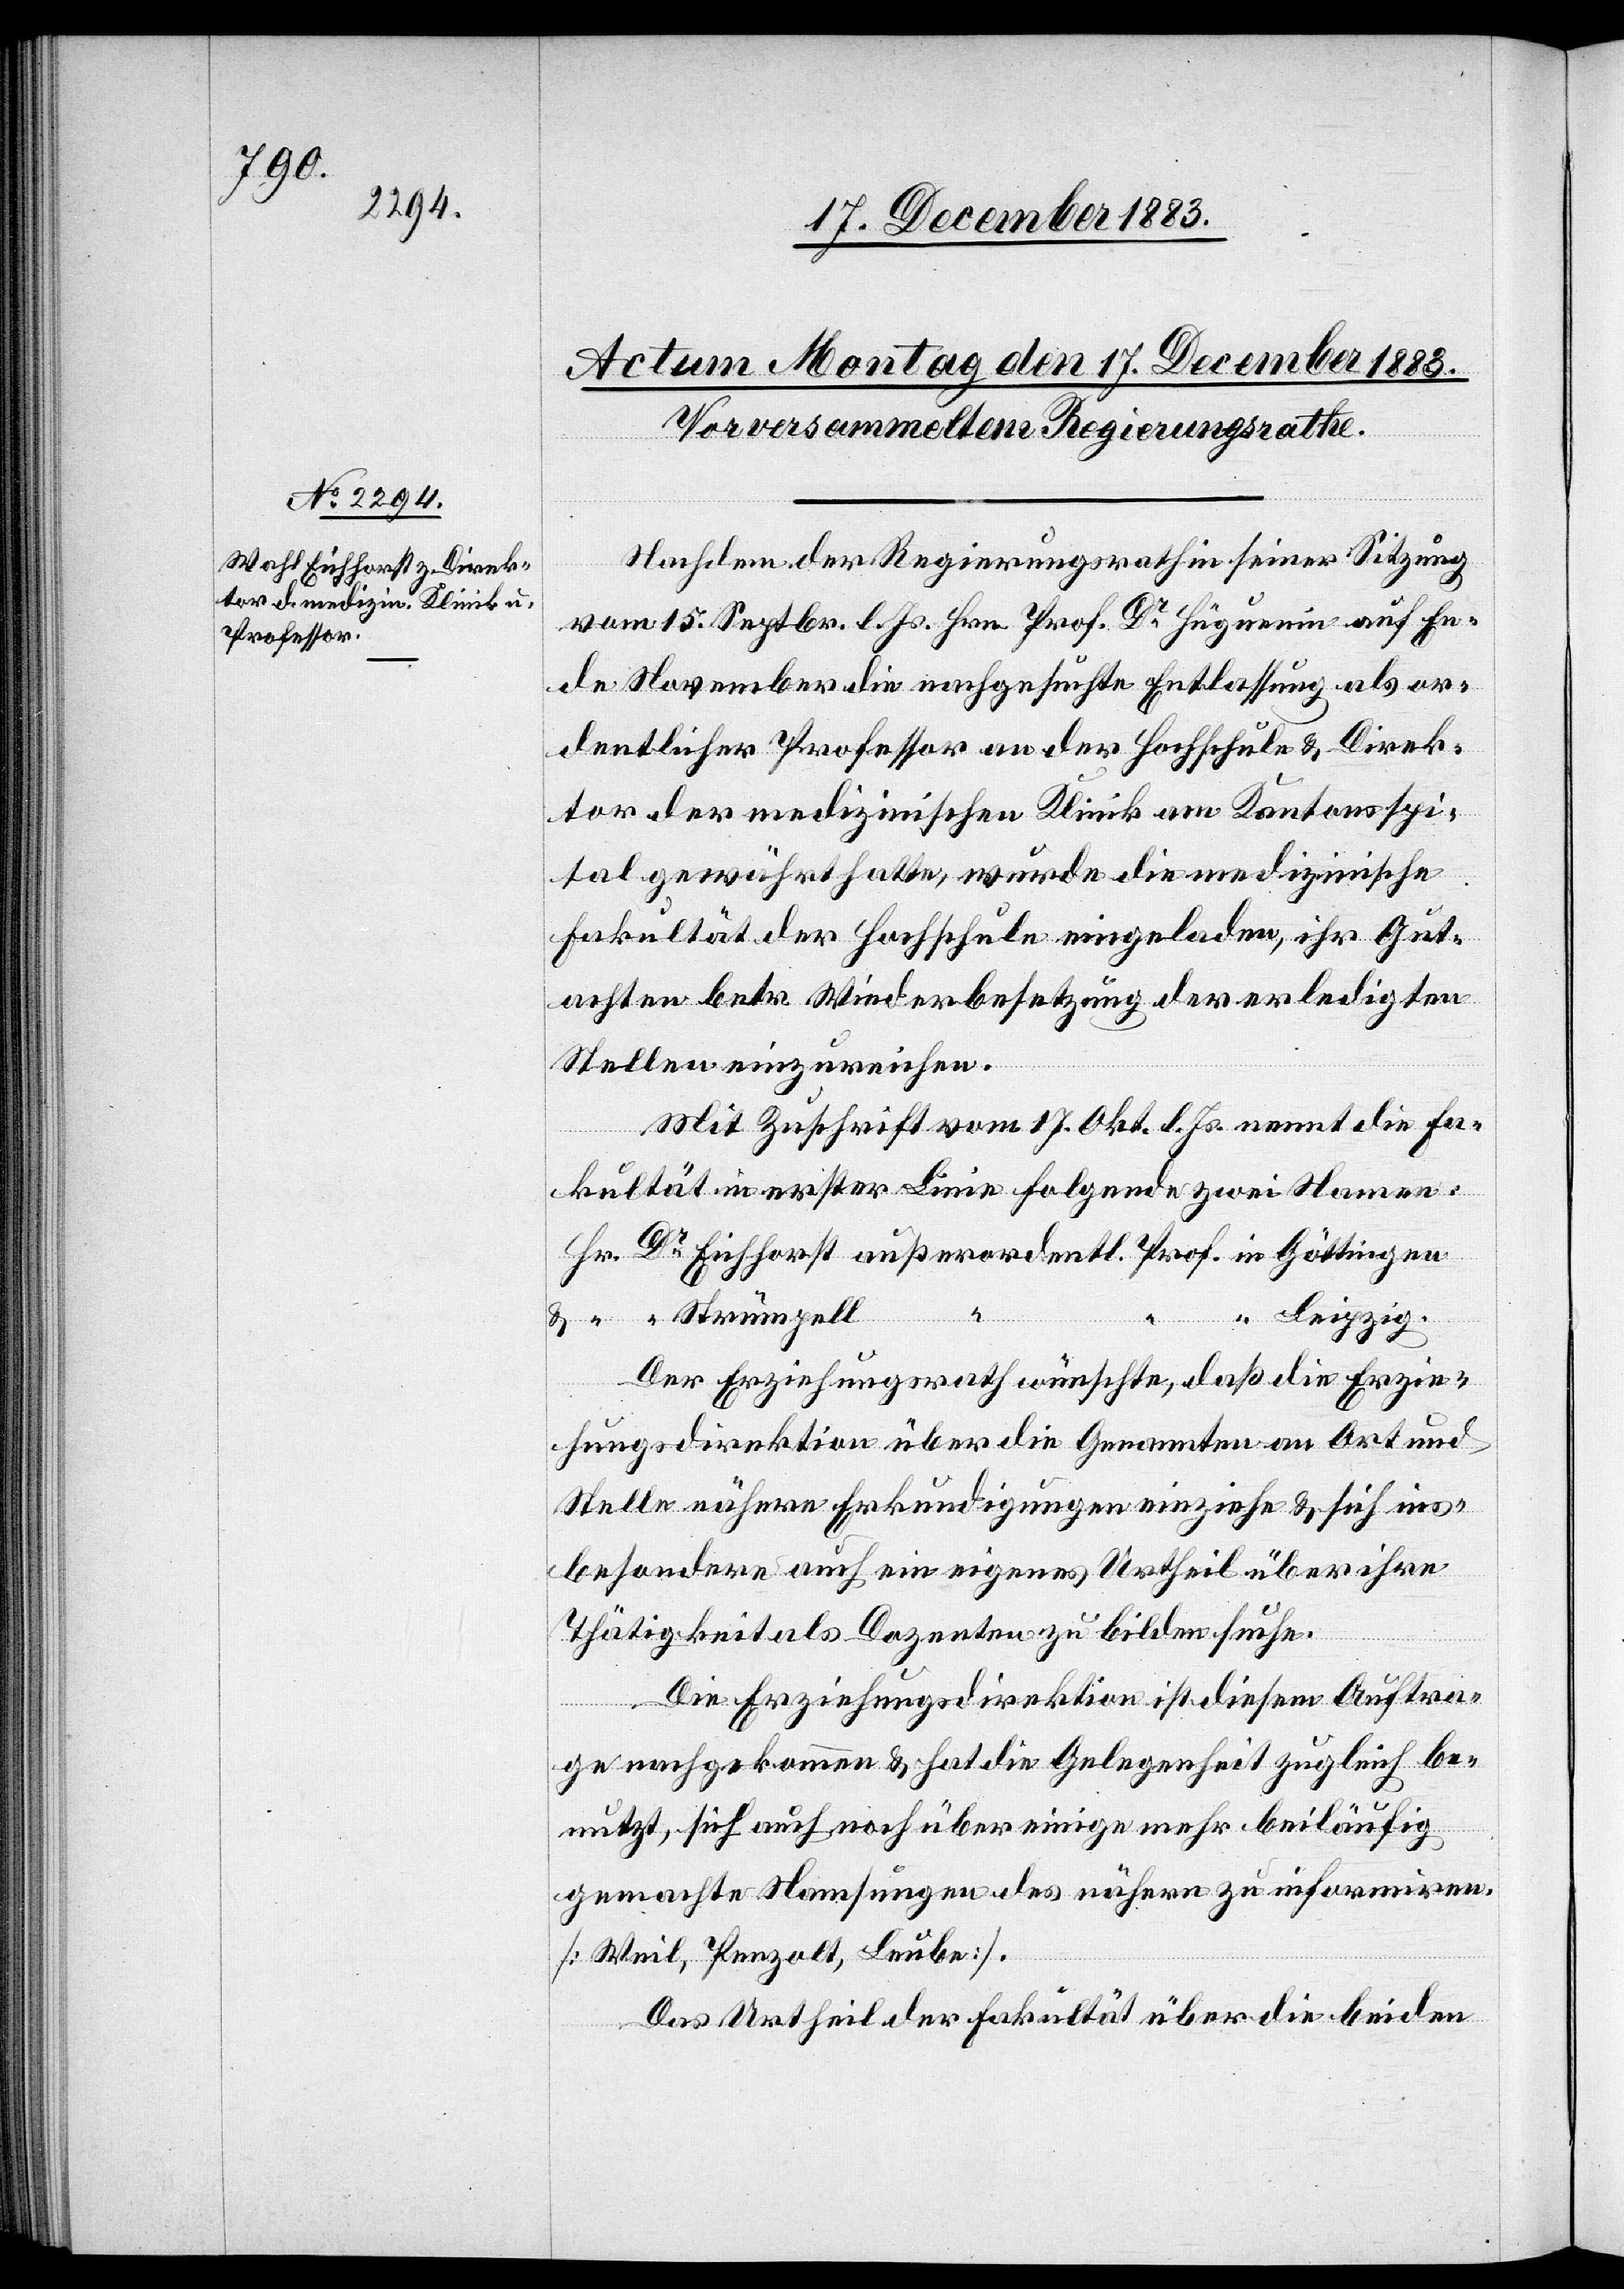
Prof.

Nachdem der Regierungsrath in seiner Sitzung
vom 15. Septbr. l. Js. Hrn. Prof. Dr Hüguenin auf En¬
de November die nachgesuchte Entlassung als or¬
dentlicher Professor an der Hochschule & Direk¬
tor der medizinischen Klinik am Kantonsspi¬
ral gewährt hatte, wurde die medizinische
Fakultät der Hochschule eingeladen, ihr Gut¬
achten betr. Wiederbesetzung der erledigten
Stellen einzureichen.
Mit Zuschrift vom 17. Okt. l. Js. nennt die Fa¬
kultät in erster Linie folgende zwei Namen:
in
Strümpell
Leibzig.
Der Erziehungsrath wünschte, daß die Erzie¬
hungsdirektion über die Genannten an Ort und
Stelle nähere Erkundigungen einziehe & sich ins¬
besondere auch ein eigenes Urtheil über ihre
Thätigkeit als Dozenten zu bilden suche.
Die Erziehungsdirektion ist diesem Auftra¬
ge nachgekommen & hat die Gelegenheit zugleich be¬
nutzt, sich auch noch über einige mehr beiläufig
gemachte Namsungen des nähern zu informiren.
[Weil, Penzolt, Leube].
Das Urtheil der Fakultät über die beiden